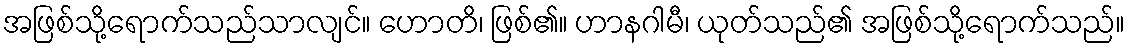
အဖြစ်သို့ရောက်သည်သာလျင်။ ဟောတိ၊ ဖြစ်၏။ ဟာနဂါမီ၊ ယုတ်သည်၏ အဖြစ်သို့ရောက်သည်။